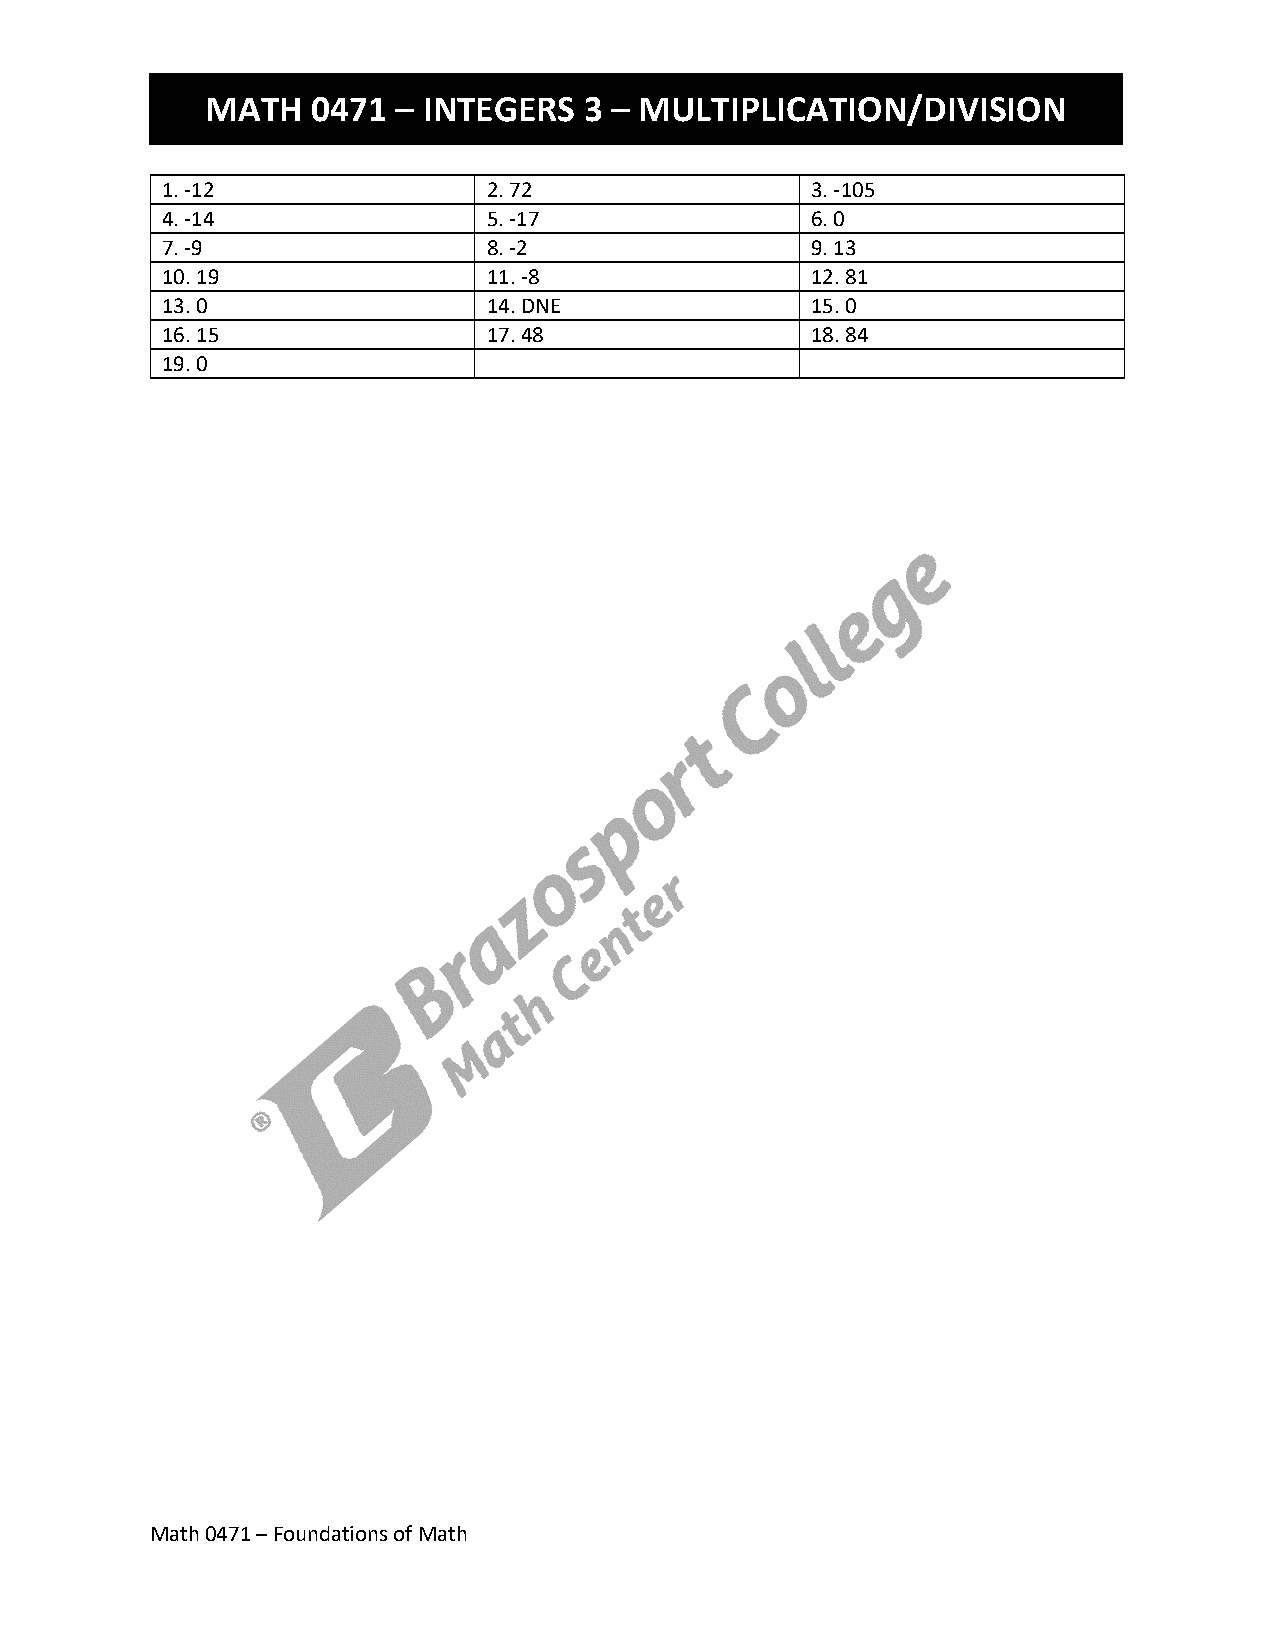
MATH   0471 – INTEGERS   3 – MULTIPLICATION/DIVISION
 1. -12               2. 72                 3. -105
 4. -14               5. -17                6. 0
 7. -9                8. -2                 9. 13
 10. 19               11. -8                12. 81
 13. 0                14. DNE               15. 0
 16. 15               17. 48                18. 84
 19. 0
 Math 0471 – Foundations of Math